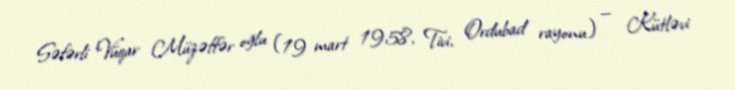
Səfərli Vüqar Müzəffər oğlu (19 mart 1958, Tivi, Ordubad rayonu) — Kütləvi